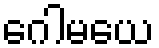
ဂေါမယေ